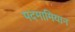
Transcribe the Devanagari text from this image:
पदमामियान